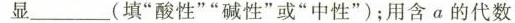
显___(填”酸性””碱性”或”中性”)；用含α的代数